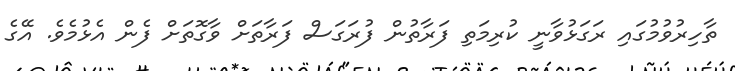
ތާހިރުވުމުގައި ރަގަޅުވާނީ ކުރިމަތި ފަރާތުން ފުރަގަސް ފަރާތަށް ވާގޮތަށް ފެން އެޅުމެވެ. އޭގެ